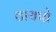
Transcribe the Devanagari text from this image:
टायपो